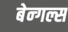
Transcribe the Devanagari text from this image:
बेन्गल्स